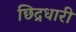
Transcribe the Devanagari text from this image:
छिद्रधारी